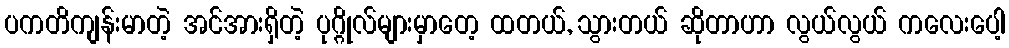
ပကတိကျန်းမာတဲ့ အင်အားရှိတဲ့ ပုဂ္ဂိုလ်များမှာတေ့ ထတယ်, သွားတယ် ဆိုတာဟာ လွယ်လွယ် ကလေးပေါ့